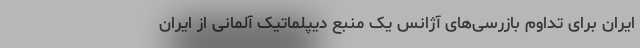
ایران برای تداوم بازرسی‌های آژانس یک منبع دیپلماتیک آلمانی از ایران